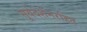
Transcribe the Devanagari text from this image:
सूर्यदर्शनरहित